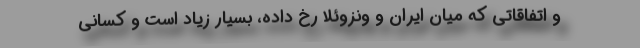
و اتفاقاتی که میان ایران و ونزوئلا رخ داده، بسیار زیاد است و کسانی